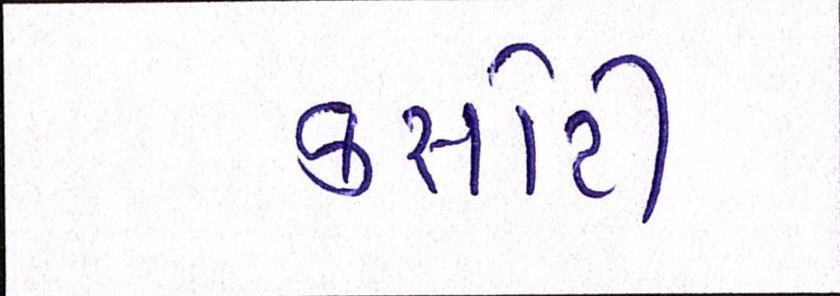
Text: કસોટી